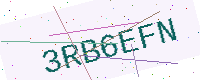
Text: 3RB6EFN